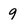
Character: 9